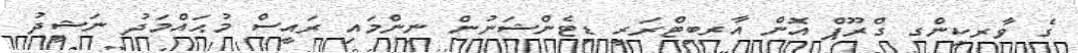
ގެ ވާރކިންގ ގްރޫޕް އޮން އާރބިޓްރަރީ ޑިޓެންޝަނުން ނިންމައި ރައީސް މުޙައްމަދު ނަޝީދު